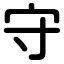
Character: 守